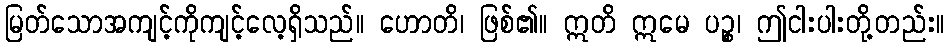
မြတ်သောအကျင့်ကိုကျင့်လေ့ရှိသည်။ ဟောတိ၊ ဖြစ်၏။ ဣတိ ဣမေ ပဉ္စ၊ ဤငါးပါးတို့တည်း။